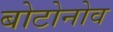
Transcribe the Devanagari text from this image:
बोटोनोव